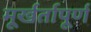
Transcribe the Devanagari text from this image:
मूर्खर्तापूर्ण